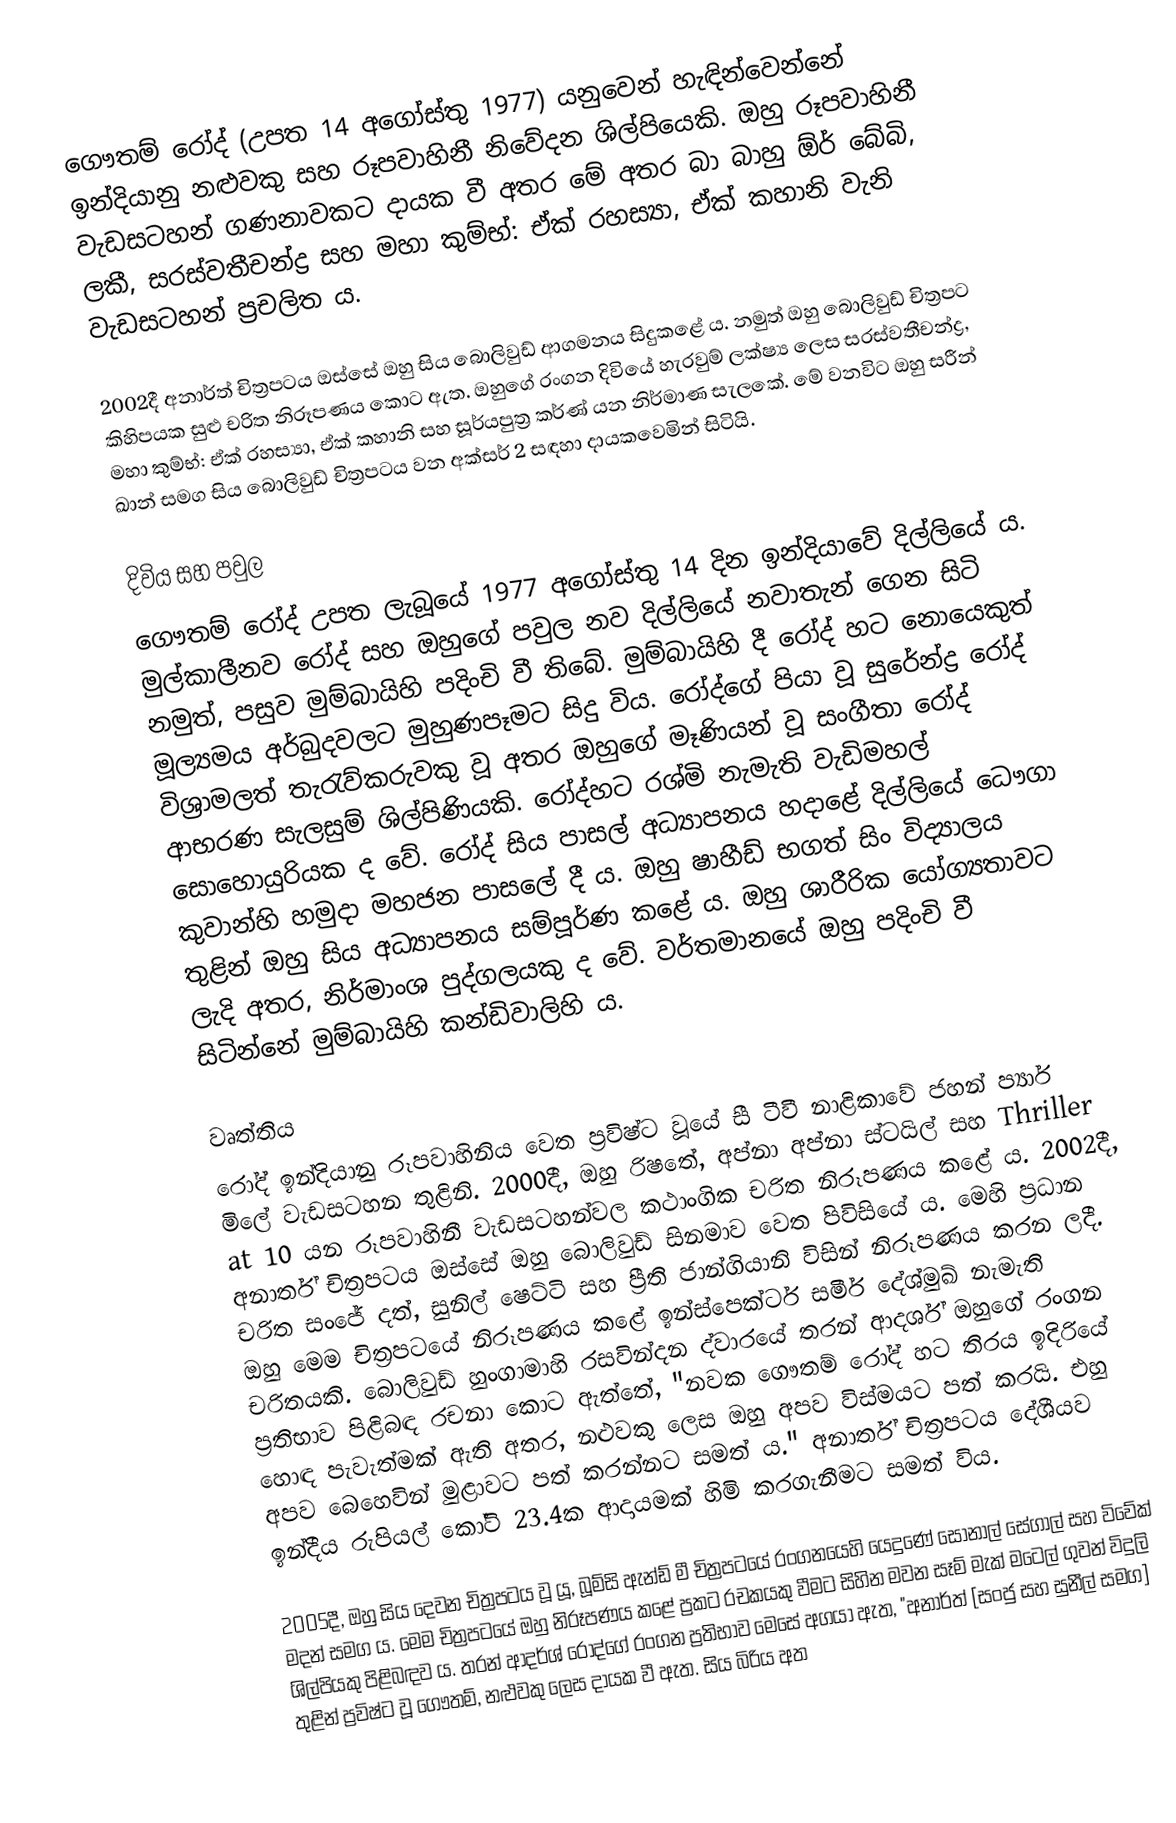
ගෞතම් රෝද් (උපත 14 අගෝස්තු 1977) යනුවෙන් හැඳින්වෙන්නේ ඉන්දියානු නළුවකු සහ රූපවාහිනී නිවේදන ශිල්පියෙකි‍. ඔහු රූපවාහිනී වැඩසටහන් ගණනාවකට දායක වී අතර මේ අතර බා බාහු ඕර් බේබි, ලකී, සරස්වතීචන්ද්‍ර සහ මහා කුම්භ්: ඒක් රහස්‍යා, ඒක් කහානි වැනි වැඩසටහන් ප්‍රචලිත ය.

2002දී අනාර්ත් චිත්‍රපටය ඔස්සේ ඔහු සිය බොලිවුඩ් ආගමනය සිදුකළේ ය. නමුත් ඔහු බොලිවුඩ් චිත්‍රපට කිහිපයක සුළු චරිත නිරූපණය කොට ඇත. ඔහුගේ රංගන දිවියේ හැරවුම් ලක්ෂ්‍ය ලෙස සරස්වතීචන්ද්‍ර, මහා කුම්භ්: ඒක් රහස්‍යා, ඒක් කහානි සහ සූර්යපුත්‍ර කර්ණ් යන නිර්මාණ සැලකේ. මේ වනවිට ඔහු සරීන් ඛාන් සමග සිය බොලිවුඩ් චිත්‍රපටය වන අක්සර් 2 සඳහා දායකවෙමින් සිටියි.

දිවිය සහ පවුල
ගෞතම් රෝද් උපත ලැබූයේ 1977 අගෝස්තු 14 දින ඉන්දියාවේ දිල්ලියේ ය. මුල්කාලීනව රෝද් සහ ඔහුගේ පවුල නව දිල්ලියේ නවාතැන් ගෙන සිටි නමුත්, පසුව මුම්බායිහි පදිංචි වී තිබේ. මුම්බායිහි දී රෝද් හට නොයෙකුත් මූල්‍යමය අර්බුදවලට මුහුණපෑමට සිදු විය. රෝද්ගේ පියා වූ සුරේන්ද්‍ර රෝද් විශ්‍රාමලත් තැරැව්කරුවකු වූ අතර ඔහුගේ මෑණියන් වූ සංගීතා රෝද් ආභරණ සැලසුම් ශිල්පිණියකි. රෝද්හට රශ්මි නැමැති වැඩිමහල් සොහොයුරියක ද වේ. රෝද් සිය පාසල් අධ්‍යාපනය හදාළේ දිල්ලියේ ධෞගා කුවාන්හි හමුදා මහජන පාසලේ දී ය. ඔහු ෂාහීඩ් භගත් සිං විද්‍යාලය තුළින් ඔහු සිය අධ්‍යාපනය සම්පූර්ණ කළේ ය. ඔහු ශාරීරික යෝග්‍යතාවට ලැදි අතර, නිර්මාංශ පුද්ගලයකු ද වේ. වර්තමානයේ ඔහු පදිංචි වී සිටින්නේ මුම්බායිහි කන්ඩිවාලිහි ය.

වෘත්තිය
රෝද් ඉන්දියානු රූපවාහිනිය වෙත ප්‍රවිෂ්ට වූයේ සී ටීවී නාළිකාවේ ජහන් ප්‍යාර් මිලේ වැඩසටහන තුළිනි. 2000දී, ඔහු රි‍ෂතේ, අප්නා අප්නා ස්ටයිල් සහ Thriller at 10 යන රූපවාහිනී වැඩසටහන්වල කථාංගික චරිත නිරූපණය කළේ ය. 2002දී, අනාර්ත් චිත්‍රපටය ඔස්සේ ඔහු බොලිවුඩ් සිනමාව වෙත පිවිසියේ ය. මෙහි ප්‍රධාන චරිත සංජේ දත්, සුනිල් ෂෙට්ටි සහ ප්‍රීති ජාන්ගියානි විසින් නිරූපණය කරන ලදී. ඔහු මෙම චිත්‍රපටයේ නිරූපණය කළේ ඉන්ස්පෙක්ටර් සමීර් දේශ්මුඛ් නැමැති චරිතයකි. බොලිවුඩ් හුංගාමාහි රසවින්දන ද්වාරයේ තරන් ආදර්ශ් ඔහුගේ රංගන ප්‍රතිභාව පිළිබඳ රචනා කොට ඇත්තේ, "නවක ගෞතම් රෝද් හට තිරය ඉදිරියේ හොඳ පැවැත්මක් ඇති අතර, නළුවකු ලෙස ඔහු අපව විස්මයට පත් කරයි. එහු අපව බෙහෙවින් මුළාවට පත් කරන්නට සමත් ය." අනාර්ත් චිත්‍රපටය දේශීයව ඉන්දීය රුපියල් කෝටි 23.4ක ආදායමක් හිමි කරගැනීමට සමත් විය.

2005දී, ඔහු සිය දෙවන චිත්‍රපටය වූ යූ, බූම්සි ඇන්ඩ් මී චිත්‍රපටයේ රංගනයෙහි යෙදුණේ සොනාල් සේගාල් සහ විවේක් මදන් සමග ය. මෙම චිත්‍රපටයේ ඔහු නිරූපණය කළේ ප්‍රකට රචකයකු වීමට සිහින මවන සෑම් මැක් මටෙල් ගුවන් විදුලි ශිල්පියකු පිළිබඳව ය. තරන් ආදර්ශ් රෝද්ගේ රංගන ප්‍රතිභාව මෙසේ අගයා ඇත, "අනාර්ත් [සංජු සහ සුනීල් සමග] තුළින් ප්‍රවිෂ්ට වූ ගෞතම්, නළුවකු ලෙස දායක වී ඇත. සිය බිරිය අත